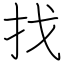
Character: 找